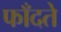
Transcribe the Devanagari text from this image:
फाँदते